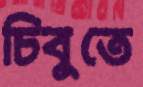
চিবুতে